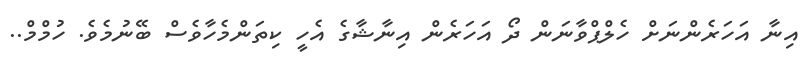
އިނާ އަހަރެންނަށް ހެލްޕްވާނަން ދޯ އަހަރެން އިނާޝާގެ އެހީ ކިތަންމެހާވެސް ބޭނުމެވެ. ހުމްމް..